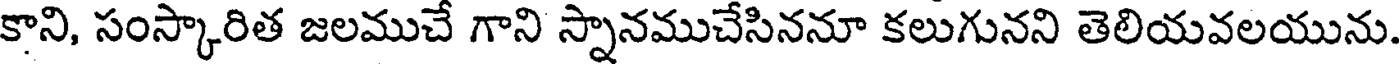
కాని, సంస్కారిత జలముచే గాని స్నానముచేసిననూ కలుగునని తెలియవలయును.